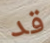
قد